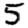
Digit: 5